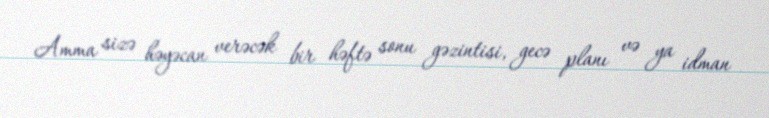
Amma sizə həyəcan verəcək bir həftə sonu gəzintisi, gecə planı və ya idman